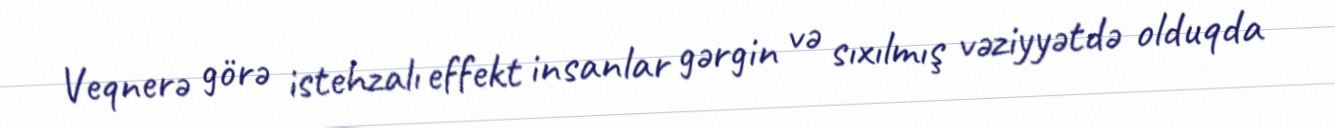
Veqnerə görə istehzalı effekt insanlar gərgin və sıxılmış vəziyyətdə olduqda